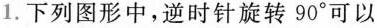
1.下列图形中，逆时针旋转90°可以